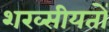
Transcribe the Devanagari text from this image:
शख्सीयतों